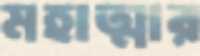
মহাত্মার